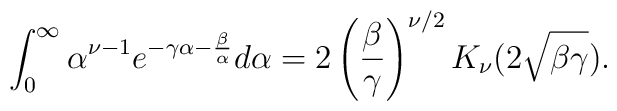
\int_0^{\infty}\alpha ^{\nu-1}e^{-\gamma\alpha -\frac{\beta}{\alpha }}d\alpha =2\left(\frac{\beta}{\gamma}\right)^{\nu/2}K_{\nu}(2\sqrt{\beta\gamma}).